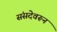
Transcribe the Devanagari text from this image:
संसदेवरून